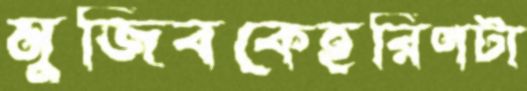
মুজিবকেহরিণটা